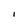
Character: I